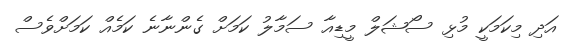
އަދި މިކަމަކީ މުޅި ސޯޝަލް މީޑިއާ ސަމާލު ކަމަށް ގެންނާނެ ކަމެއް ކަަމަށްވެސް